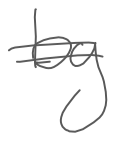
Text: by
Cross-out: double-line
Writing tool: digital_gray